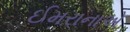
ઈમરાનાએ